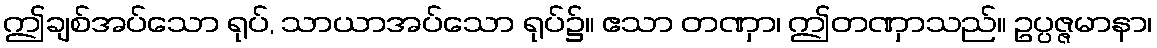
ဤချစ်အပ်သော ရုပ်, သာယာအပ်သော ရုပ်၌။ ဧသာ တဏှာ၊ ဤတဏှာသည်။ ဥပ္ပဇ္ဇမာနာ၊